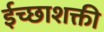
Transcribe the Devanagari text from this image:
ईच्छाशक्ती